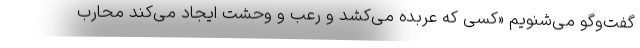
گفت‌وگو می‌شنویم «کسی که عربده می‌کشد و رعب و وحشت ایجاد می‌کند محارب